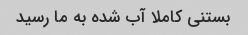
بستنی کاملا آب شده به ما رسید